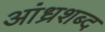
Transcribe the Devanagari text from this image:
आंध्रशब्द